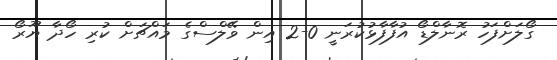
ގޯލަށްފަހު ރޮނާލްޑޯ އުފާފާޅުކުރަނީ 0-2 އިން ވޭލްސްގެ މައްޗަށް ކުރި ހޯދާ ޔޫރޯ